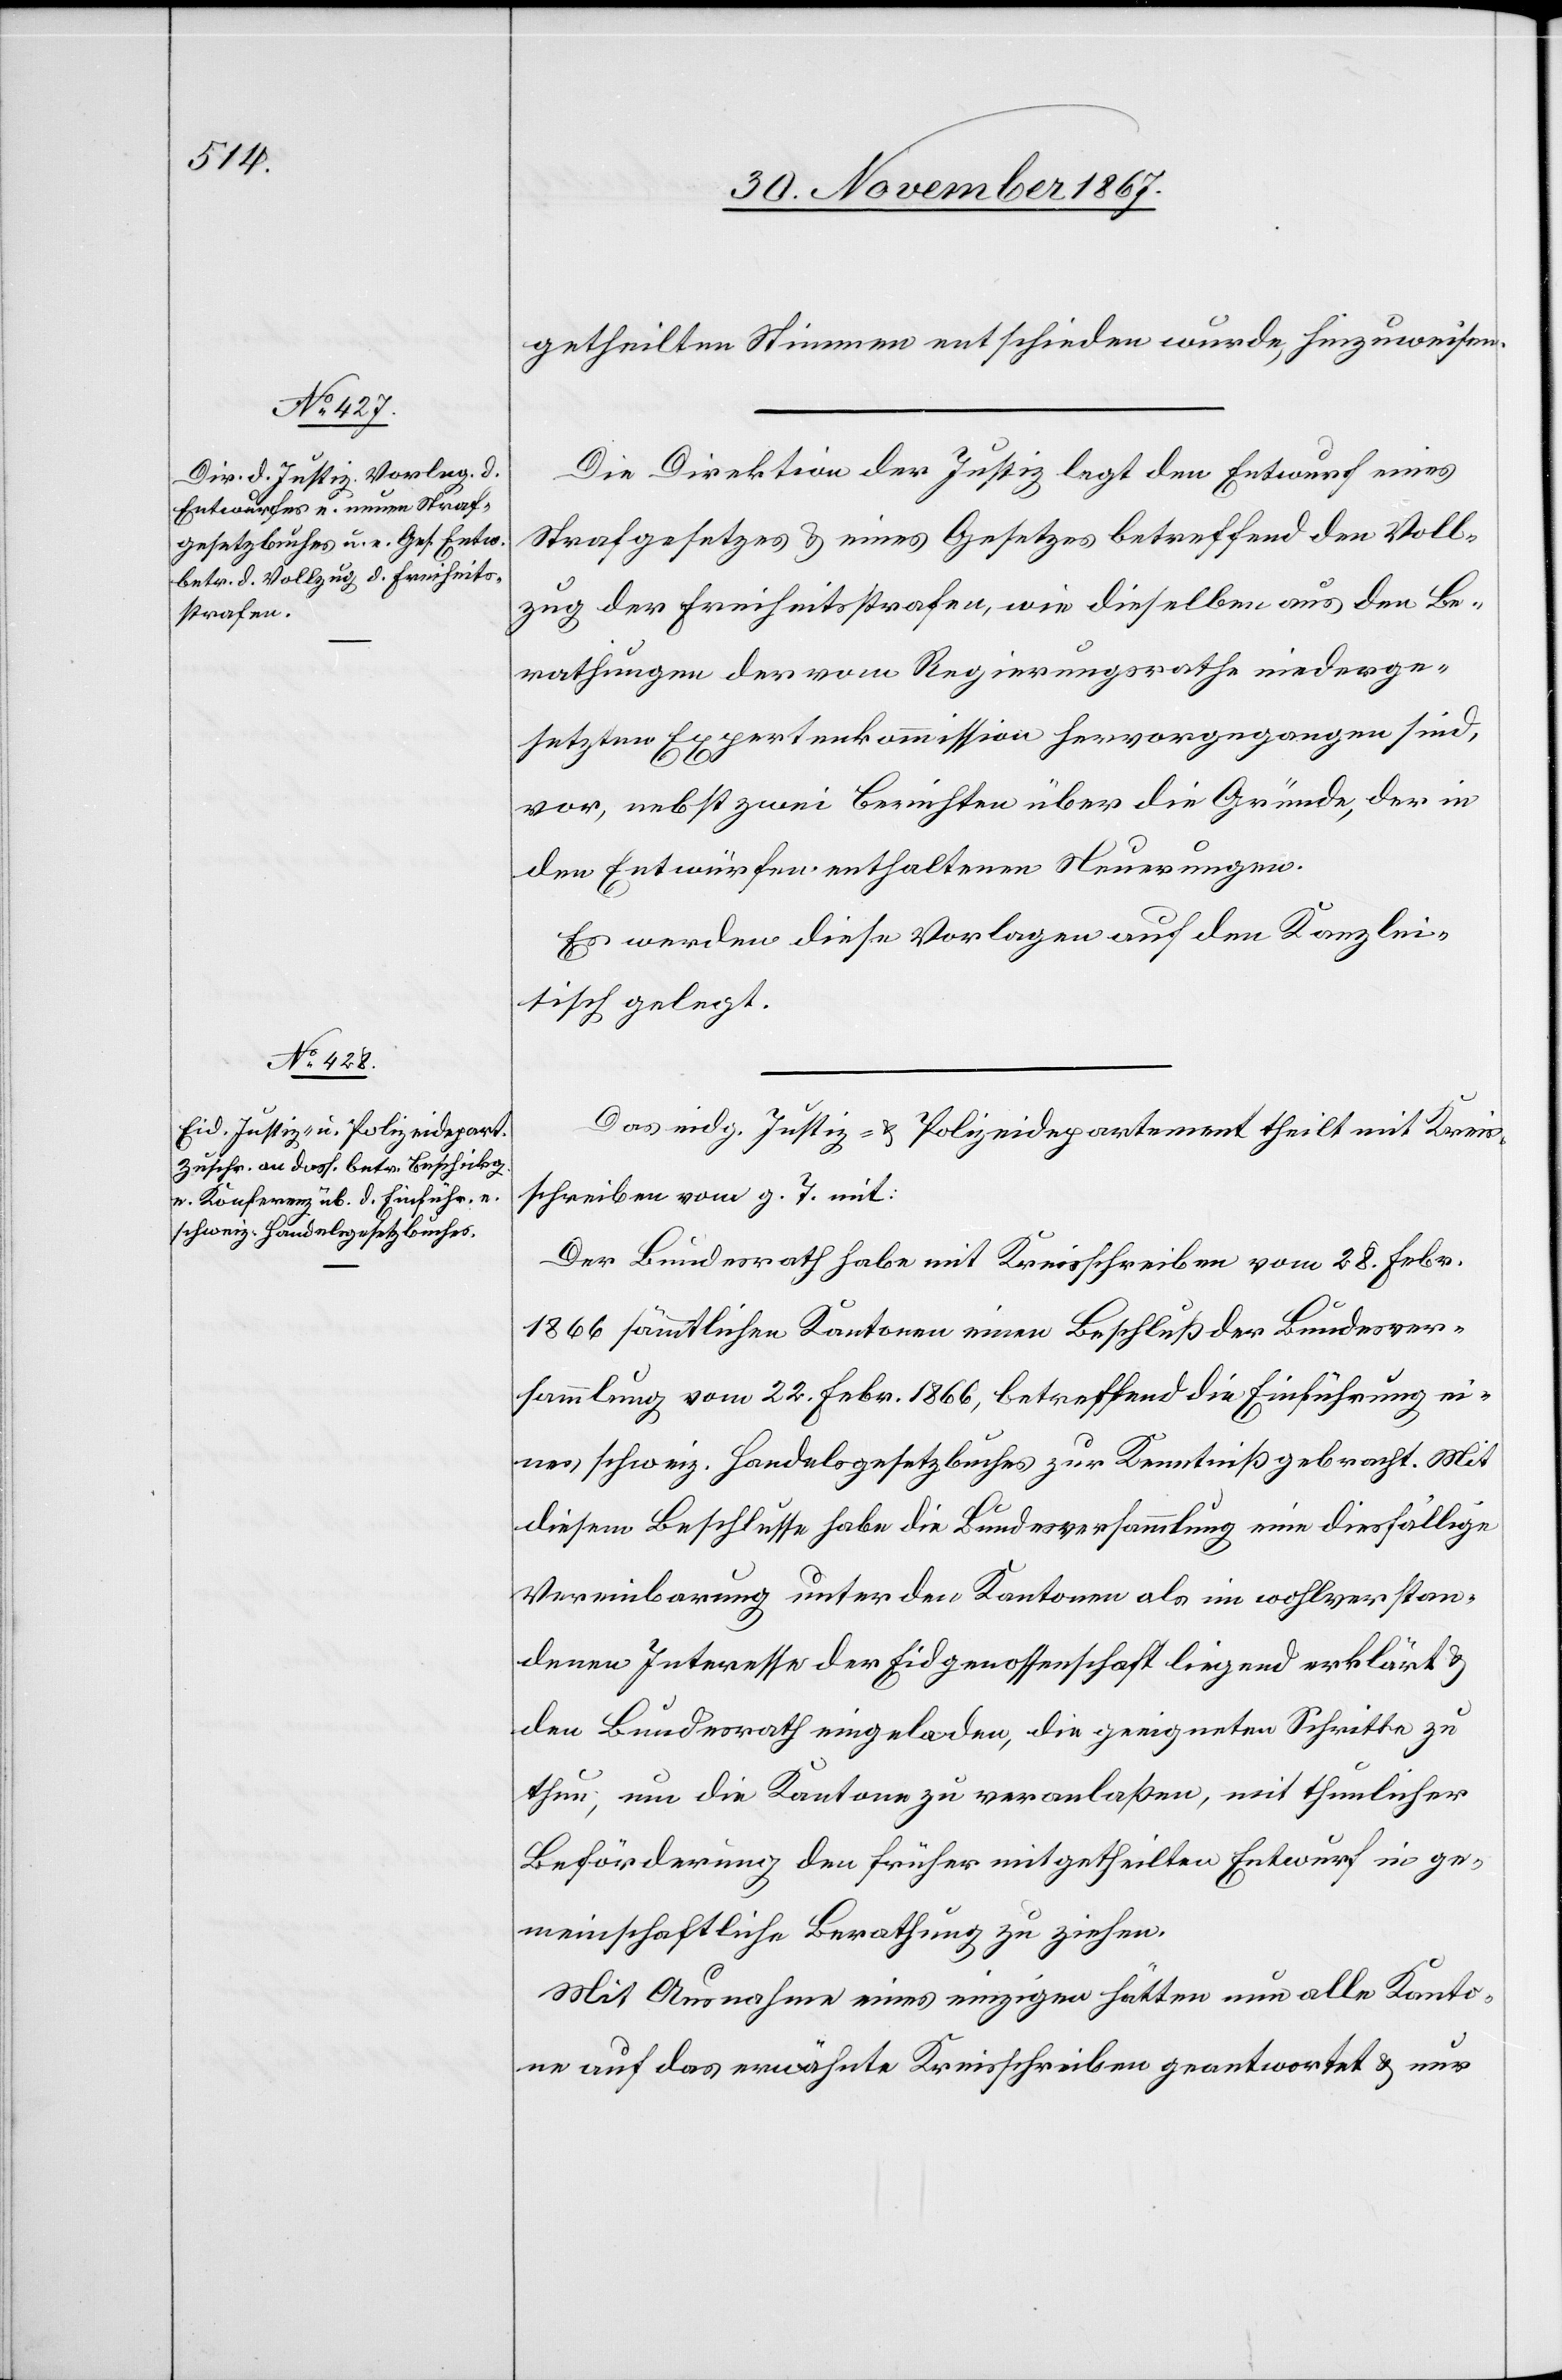
getheilten Stimmen entschieden wurde, hinzuweisen.
Die Direktion der Justiz legt den Entwurf eines
Strafgesetzes u. eines Gesetzes betreffend den Voll¬
zug der Freiheitsstrafen, wie dieselben aus den Be¬
rathungen der vom Regierungsrathe niederge¬
setzten Expertenkommission hervorgegangen sind,
vor, nebst zwei Berichten über die Gründe, der in
den Entwürfen enthaltenen Neuerungen.
Es werden diese Vorlagen auf den Kanzlei¬
tisch gelegt.
Das eidg. Justiz- u. Polizeidepartement theilt mit Kreis¬
schreiben vom g. T. mit:
Der Bundesrath habe mit Kreisschreiben vom 28. Febr.
1866 sämmtlichen Kantonen einen Beschluß der Bundesver¬
sammlung vom 22. Febr 1866, betreffend die Einführung ei¬
ner schweiz. Handelsgesetzbuches zur Kenntniß gebracht. Mit
diesem Beschlusse habe die Bundesversammlung eine diesfällige
Vereinbarung unter den Kantonen als im vollverstan¬
denen Interesse der Eidgenossenschaft liegend erklärt u.
den Bundesrath eingeladen, die geeigneten Schritte zu
thun, um die Kantone zu veranlaßen, mit thunlicher
Beförderung den früher mitgetheilten Entwurf in ge¬
meinschaftliche Berathung zu ziehen.
Mit Ausnahme eines einzigen hätten nun alle Kanto¬
ne auf das erwähnte Kreisschreiben geantwortet u. nur